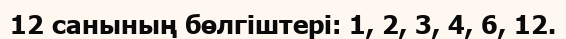
12 санының бөлгіштері: 1, 2, 3, 4, 6, 12.